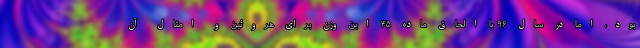
بود، اما در سال ۹۶ با الحاق ماده ۴۵ این وزن برای هروئین و امثال آن